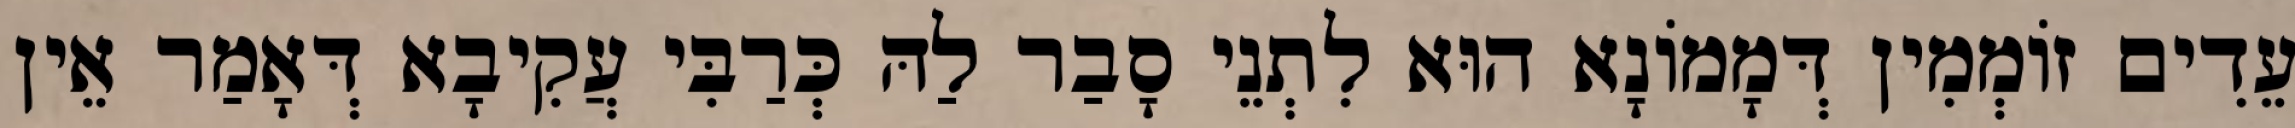
עֵדִים זוֹמְמִין דְּמָמוֹנָא הוּא לִתְנֵי סָבַר לַהּ כְּרַבִּי עֲקִיבָא דְּאָמַר אֵין